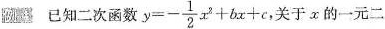
已知二次函数 $$y = - \frac { 1 } { 2 } x ^ { 2 } + b x + c$$关于x的一元二